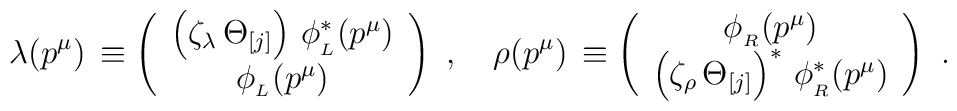
\lambda(p^\mu)\,\equiv \left( \begin{array}{c}\left(\zeta_\lambda\,\Theta_{[j]}\right)\,\phi^\ast_{_L}(p^\mu)\\\phi_{_L}(p^\mu)\\\end{array}\right)\,\,,\quad\rho(p^\mu)\,\equiv\left(\begin{array}{c}\phi_{_R}(p^\mu)\\\left(\zeta_\rho\,\Theta_{[j]}\right)^\ast\,\phi^\ast_{_R}(p^\mu)\end{array}\right)\,\,.